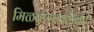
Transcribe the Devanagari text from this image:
मिळवणाऱ्यांपैकी